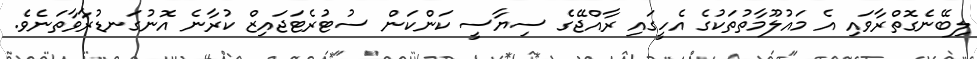
ލިބޭނެގޮތްރާވައި އެ މައުލޫމާތުތަކުގެ އެހީގައި ރާއްޖޭގެ ސިޔާސީ ކަންކަން ސުޓުރެޓަޖައިޒް ކުރާނެ އޮނުގަނޑުރާވާތަނެވެ.